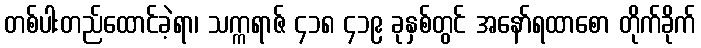
တစ်ပါးတည်ထောင်ခဲ့ရာ၊ သက္ကရာဇ် ၄၁၈ ၄၁၉ ခုနှစ်တွင် အနော်ရထာစော တိုက်ခိုက်